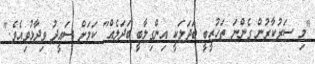
"މި ސަރުކާރުން ގެންނަ ތަހުޒީބީ ބަދަލަކީ އިންގިލާބީ ބަދަލެއް" ކަމަށް ސައީދު ވިދާޅުވިއެވެ."